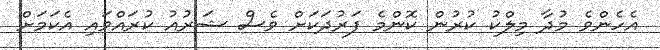
އެހެންވެ މުދާ މިލްކު ކުރުން ކޮންމެ ފަރުދަކަށް ވެސް ޝަރުއު ކުރައްވައި އެކަމަށް